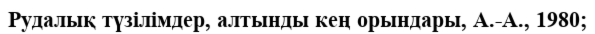
Рудалық түзілімдер, алтынды кең орындары, А.-А., 1980;